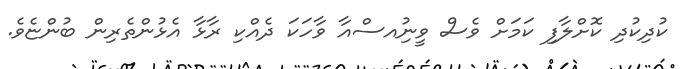
ކުދިކުދި ކޮށްލާފި ކަމަށް ވެސް ވީނިުއސްއާ ވާހަކަ ދެއްކި ރާޅާ އެޅުންތެރިން ބުންޏެވެ.